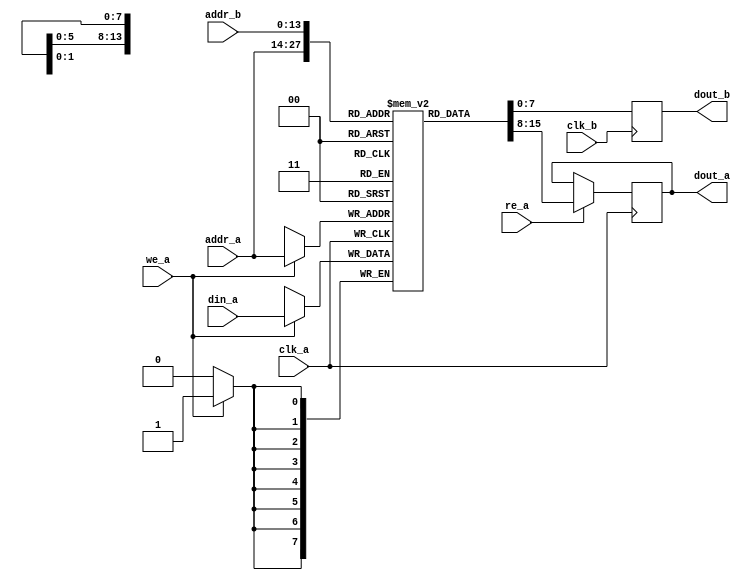
module vram (
  input            clk_a,
  input            we_a,
  input            re_a,
  input [13:0]     addr_a,
  input [7:0]      din_a,
  output reg [7:0] dout_a,
  input            clk_b,
  input [13:0]     addr_b,
  output reg [7:0] dout_b

);

  parameter MEM_INIT_FILE = "";
   
  reg [7:0] ram [0:16383];

  initial
    if (MEM_INIT_FILE != "")
      $readmemh(MEM_INIT_FILE, ram);
   
  always @(posedge clk_a) begin
    if (we_a)
      ram[addr_a] <= din_a;
    if (re_a) dout_a <= ram[addr_a];
  end

  always @(posedge clk_b) begin
    dout_b <= ram[addr_b];
  end

endmodule